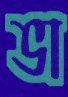
ভা